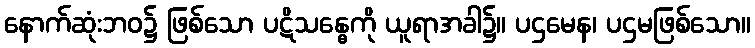
နောက်ဆုံးဘဝ၌ ဖြစ်သော ပဋိသန္ဓေကို ယူရာအခါ၌။ ပဌမေန၊ ပဌမဖြစ်သော။